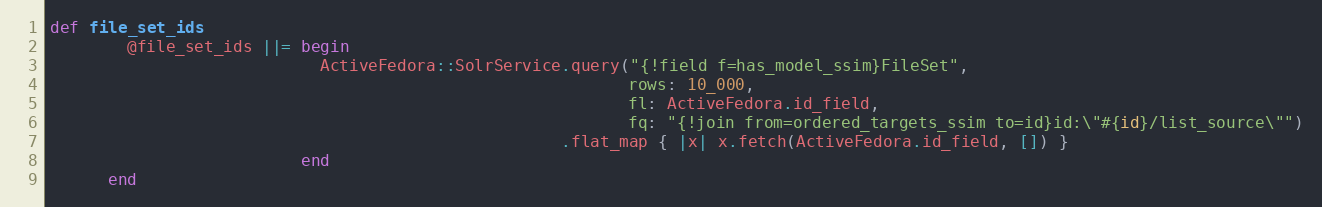
Language: Ruby
def file_set_ids
        @file_set_ids ||= begin
                            ActiveFedora::SolrService.query("{!field f=has_model_ssim}FileSet",
                                                            rows: 10_000,
                                                            fl: ActiveFedora.id_field,
                                                            fq: "{!join from=ordered_targets_ssim to=id}id:\"#{id}/list_source\"")
                                                     .flat_map { |x| x.fetch(ActiveFedora.id_field, []) }
                          end
      end